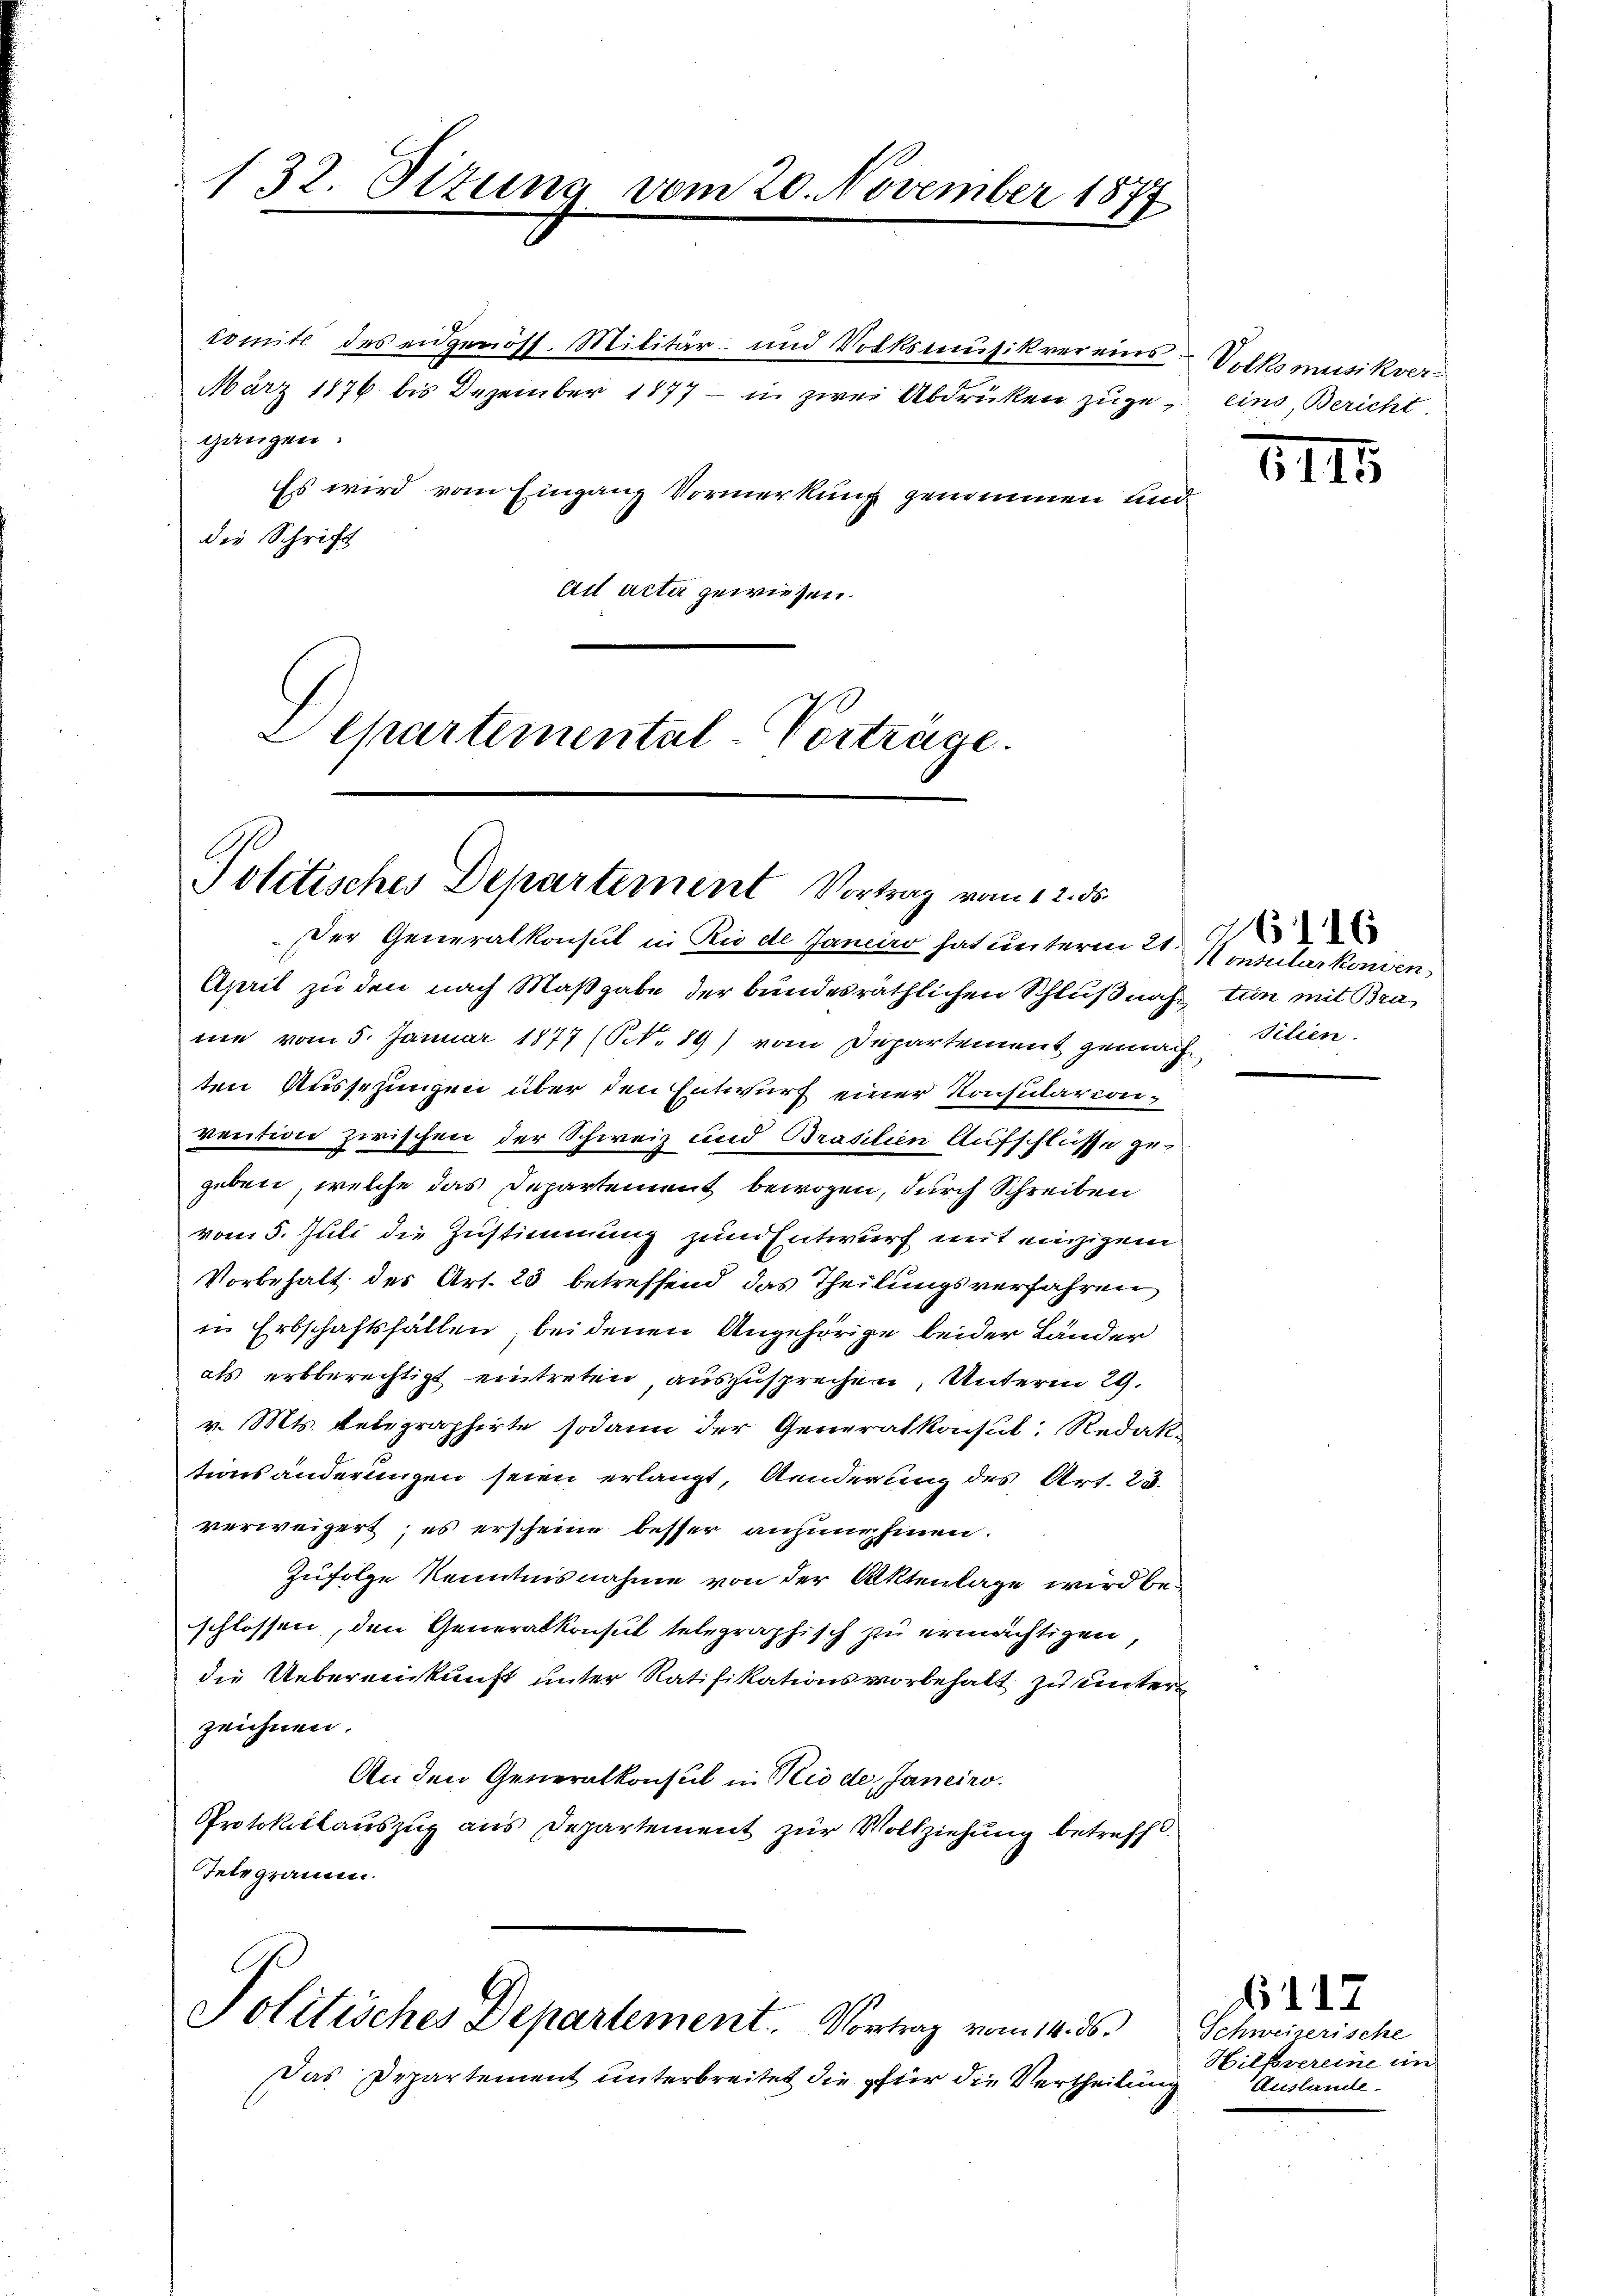
comite des eidgenöst. Militär- und Volksmusikvereins Volksmusikver-
März 1876 bis Dezember 1877 – in zwei Abdrücken zuge, eins, Bericht
gangen.
Es wird vom Eingang Vormerkung genommen und
die Schrift
Ad acta gewiesen.
Departemental-Vorträge.

132. Sizung vom 20. November 1877

Politisches Departement Vortrag vom 12. ds.

Der Generalkonsul in Rio de Janeiro hat unterm 21.
April zu den nach Maßgabe der bundesräthlichen Schlußnahe tun mit Bra
me vom 5. Januar 1877 (N. 89) vom Departement gemach Pilien
ten Aussezungen über den Entwurf einer Konsularionivention zwischen der Schweiz und Brasilien Aufschlüsse gegeben, welche das Departement bewogen, durch Schreiben
vom 5. Juli die Zustimmung zum Entwurf mit einzigem
Vorbehalt des Art. 23 betreffend das Theilungsverfahren
in Erbschaftsfällen, bei denen Angehörige beider Länder
als erbberechtigt eintreten, auszusprechen, Unterm 29.
v. Mts. telegraphirte sodann der Generalkonsul Redaktionsänderungen seien erlangt, Aenderung des Art. 23.
verweigert; es erscheine besser anzunehmen.
Zufolge Kenntnisnahme von der Aktenlage wird beschlossen, den Generalkonsul telegraphisch zu ermächtigen,
die Uebereinkunft unter Ratifikationsvorbehalt zu unters
zeichnen.
An den Generalkonsul in Mit de Janeiro
Protokolauszug aus Departement zur Vollziehung betreff
Tetegramen.

Politisches Departement. Vortrag vom 14. ds.

Das Departement unterbreitet die für die Vertheilung

1115.

Konsularkonven

17
Schweizerische
Hilkvereine im
Auslande